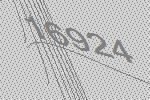
16924